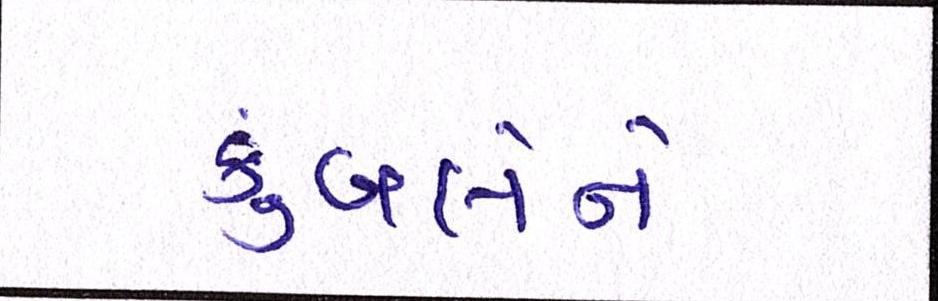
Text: કુંબલેને